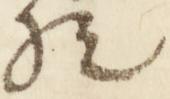
歟